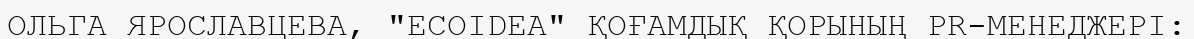
ОЛЬГА ЯРОСЛАВЦЕВА, "ECOIDEA" ҚОҒАМДЫҚ ҚОРЫНЫҢ PR-МЕНЕДЖЕРІ: